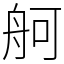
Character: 舸